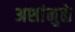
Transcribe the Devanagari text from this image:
अशांमुळे